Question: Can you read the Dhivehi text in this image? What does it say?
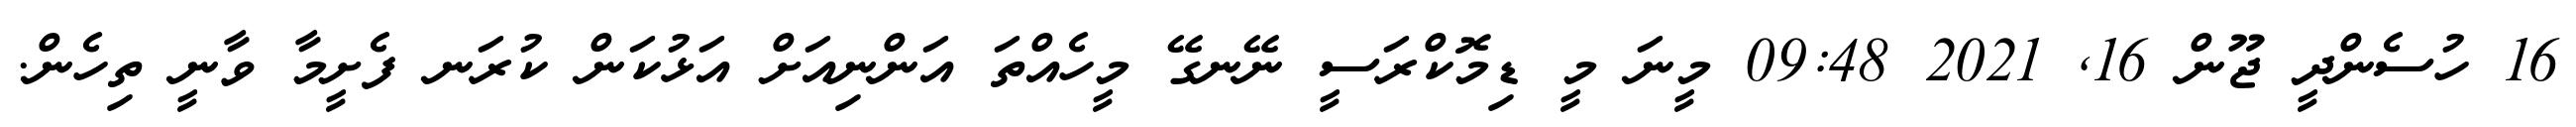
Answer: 16 ހުސެންދީ ޖޫން 16, 2021 09:48 މީނަ މީ ޑިމޮކްރަސީ ނޭނގޭ މީހެއްތަ އަންނިއަށް އަޅުކަން ކުރަނ ފެށީމާ ވާނީ ތިހެން.